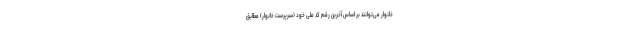
خانوار می‌توانند بر اساس آخرین رقم کد ملی خود (سرپرست خانوار) مطابق